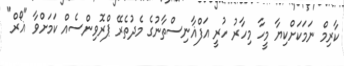
ކާރިމް ނަމަކަށްކިޔާ މީހާ މިހާރު ހުރީ އަފްޣާނިސްތާނުގެ މެދުތެރޭ ޕްރޮވިންސެއް ކަމަށްވާ "ޣޯރް"